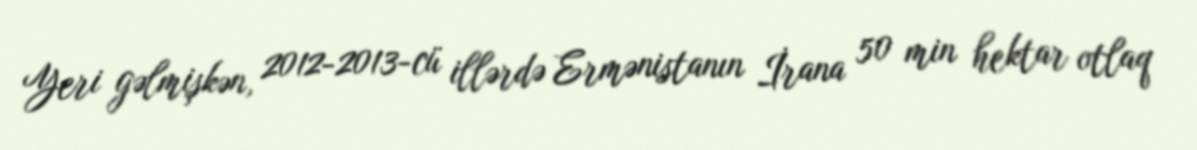
Yeri gəlmişkən, 2012-2013-cü illərdə Ermənistanın İrana 50 min hektar otlaq